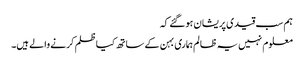
ہم سب قیدی پریشان ہوگئے کہ
معلوم نہیں یہ ظالم ہماری بہن کے ساتھ کیا ظلم کرنے والے ہیں۔